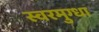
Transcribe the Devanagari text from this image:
स्वरमुग्धा